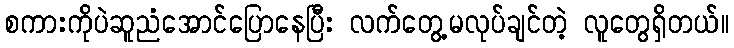
စကားကိုပဲဆူညံအောင်ပြောနေပြီး လက်တွေ့မလုပ်ချင်တဲ့ လူတွေရှိတယ်။